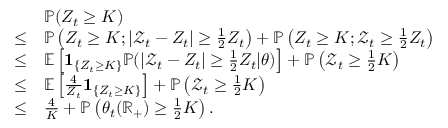
\begin{array} { r l } & { \mathbb { P } ( Z _ { t } \geq K ) } \\ { \leq } & { \mathbb { P } \left( Z _ { t } \geq K ; | \mathcal { Z } _ { t } - Z _ { t } | \geq \frac 1 2 Z _ { t } \right) + \mathbb { P } \left( Z _ { t } \geq K ; \mathcal { Z } _ { t } \ge \frac 1 2 Z _ { t } \right) } \\ { \leq } & { \mathbb { E } \left[ \mathbf { 1 } _ { \left\{ Z _ { t } \geq K \right\} } \mathbb { P } ( | \mathcal { Z } _ { t } - Z _ { t } | \geq \frac 1 2 Z _ { t } \vert \theta ) \right] + \mathbb { P } \left( \mathcal { Z } _ { t } \geq \frac 1 2 K \right) } \\ { \leq } & { \mathbb { E } \left[ \frac { 4 } { Z _ { t } } \mathbf { 1 } _ { \left\{ Z _ { t } \geq K \right\} } \right] + \mathbb { P } \left( \mathcal { Z } _ { t } \geq \frac 1 2 K \right) } \\ { \leq } & { \frac { 4 } { K } + \mathbb { P } \left( \theta _ { t } ( \mathbb { R } _ { + } ) \geq \frac 1 2 K \right) . } \end{array}